Mental hospitals Bombay report 1921-28 - 1921-1928
Year: 1921
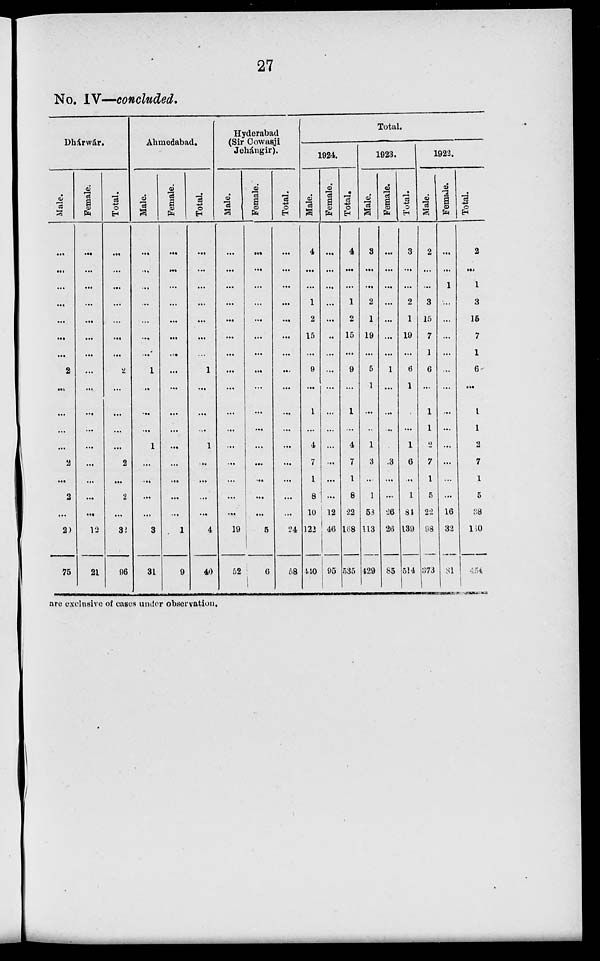
27
No. IV—concluded.
Dhárwár.
Male.
...
...
...
...
...
...
...
2
...
...
...
...
2
...
2
...
20
75
Female.
...
...
...
...
...
...
...
...
...
...
...
...
...
...
...
...
12
21
Total.
...
...
...
...
...
...
...
2
...
...
...
...
2
...
2
...
32
96
Ahmedabad.
Male.
...
...
...
...
...
...
...
1
...
...
...
1
...
...
...
...
3
31
Female.
...
...
...
...
...
...
...
...
...
...
...
...
...
...
...
...
1
9
Total.
...
...
...
...
...
...
...
1
...
...
...
1
...
...
...
...
4
40
Hyderabad
(Sir Cowasji
Jehángir).
Male.
...
...
...
...
...
...
...
...
...
...
...
...
...
...
...
...
19
52
Female.
...
...
...
...
...
...
...
...
...
...
...
...
...
...
...
...
5
6
Total.
...
...
...
...
...
...
...
...
...
...
...
...
...
...
...
...
24
58
Total.
1924.
Male.
4
...
...
1
2
15
...
9
...
1
...
4
7
1
8
10
122
440
Female.
...
...
...
...
...
...
...
...
...
...
...
...
...
...
...
12
46
95
Total.
4
...
...
1
2
15
...
9
...
1
...
4
7
1
8
22
168
535
1923.
Male.
3
...
...
2
1
19
...
5
1
...
...
1
3
...
1
58
113
429
Female.
...
...
...
...
...
...
...
1
...
...
...
...
3
...
...
26
26
85
Total.
3
...
...
2
1
19
...
6
1
...
...
1
6
...
1
84
139
514
1922.
Male.
2
...
...
3
15
7
1
6
...
1
1
2
7
1
5
22
98
373
Female.
...
...
1
...
...
...
...
...
...
...
...
...
...
...
...
16
32
81
Total.
2
...
1
3
15
7
1
6
...
1
1
2
7
1
5
38
130
454
are exclusive of cases under observation.